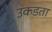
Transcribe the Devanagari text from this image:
उकडता